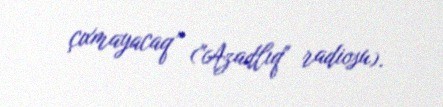
çıxmayacaq” ("Azadlıq" radiosu).